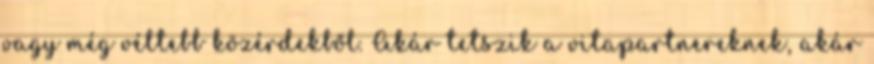
vagy még véltebb közérdekből. Akár tetszik a vitapartnereknek, akár